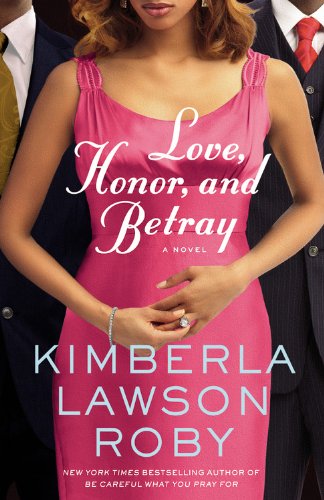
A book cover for Love, Honor, and Betray (A Reverend Curtis Black Novel); Kimberla Lawson Roby; Literature & Fiction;